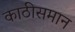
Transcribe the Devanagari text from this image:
काठीसमान